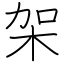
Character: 架